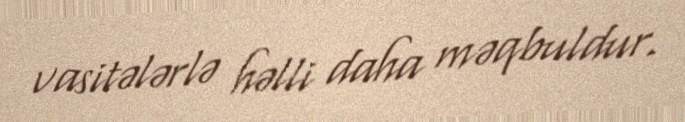
vasitələrlə həlli daha məqbuldur.